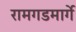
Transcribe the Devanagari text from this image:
रामगडमार्गे